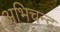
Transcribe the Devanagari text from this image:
अभिचन्द्र